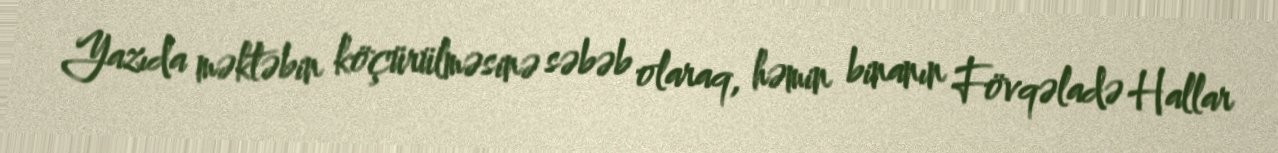
Yazıda məktəbin köçürülməsinə səbəb olaraq, həmin binanın Fövqəladə Hallar